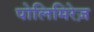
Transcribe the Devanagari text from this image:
पोलिमिरेज़